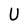
Character: U